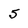
Character: 5